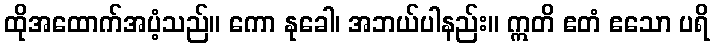
ထိုအထောက်အပံ့သည်။ ကော နုခေါ၊ အဘယ်ပါနည်း။ ဣတိ ဧတံ ဧသော ပရိ